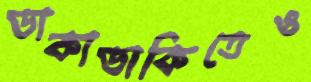
ডাকাডাকিতেও